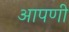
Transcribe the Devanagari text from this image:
आपणी